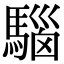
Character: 𩤘